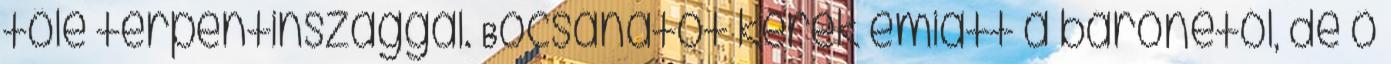
tőle terpentinszaggal. Bocsánatot kérek emiatt a bárónétól, de ő